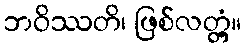
ဘဝိဿတိ၊ ဖြစ်လတ္တံ့။